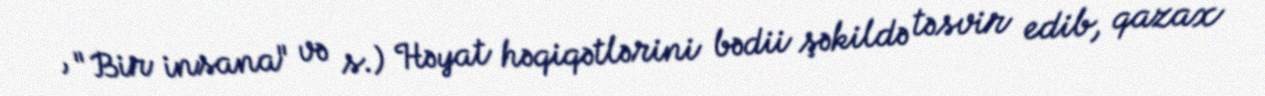
, "Bir insana" və s.) Həyat həqiqətlərini bədii şəkildə təsvir edib, qazax